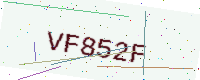
Text: VF852F